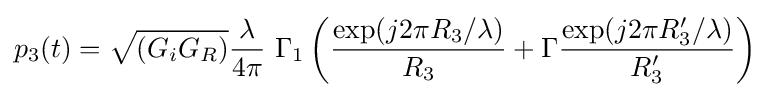
p_{3}(t)={\sqrt {(G_{i}G_{R})}}{\frac {\lambda }{4\pi }}~\Gamma _{1}\left({\frac {\exp(j2\pi R_{3}/\lambda )}{R_{3}}}+\Gamma {\frac {\exp(j2\pi R_{3}'/\lambda )}{R_{3}'}}\right)